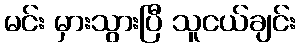
မင်း မှားသွားပြီ သူငယ်ချင်း